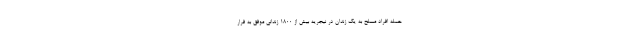
حمله افراد مسلح به یک زندان در نیجریه بیش از ۱۸۰۰ زندانی موفق به فرار